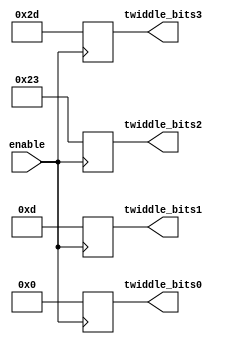
module twiddle_LUT(
    input enable,
    output reg signed [5:0] twiddle_bits0,
    output reg signed [5:0] twiddle_bits1,
    output reg signed [5:0] twiddle_bits2,
    output reg signed [5:0] twiddle_bits3
); 

always @(posedge enable) begin
        twiddle_bits0 <= 6'b0_00_000;
        twiddle_bits1 <= 6'b0_01_101;
        twiddle_bits2 <= 6'b1_00_011;
        twiddle_bits3 <= 6'b1_01_101;
    end
endmodule